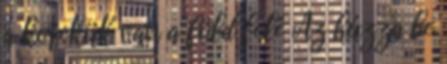
a kerekük van a föld felé Az húzza be